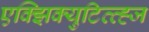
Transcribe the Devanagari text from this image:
एक्झिक्युटिव्व्ह्ज